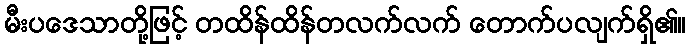
မီးပဒေသာတို့ဖြင့် တထိန်ထိန်တလက်လက် တောက်ပလျက်ရှိ၏။